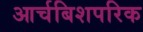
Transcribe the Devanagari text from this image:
आर्चबिशपरिक